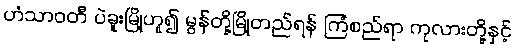
ဟံသာဝတီ ပဲခူးမြို့ဟူ၍ မွန်တို့မြို့တည်ရန် ကြံစည်ရာ ကုလားတို့နှင့်